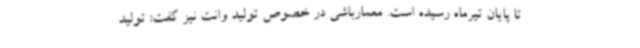
تا پایان تیرماه رسیده است. معمارباشی در خصوص تولید وانت نیز گفت: تولید